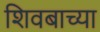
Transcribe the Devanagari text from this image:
शिवबाच्या